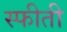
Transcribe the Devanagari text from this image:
स्फीती